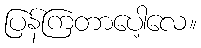
ပြန်ကြတာပေါ့လေ။